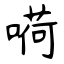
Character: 嗬